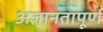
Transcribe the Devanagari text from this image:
अज्ञानतापूर्ण